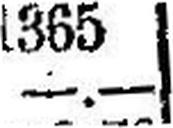
—.—